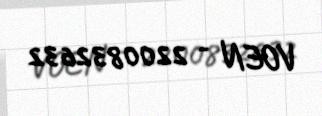
VOEN - 2200832632